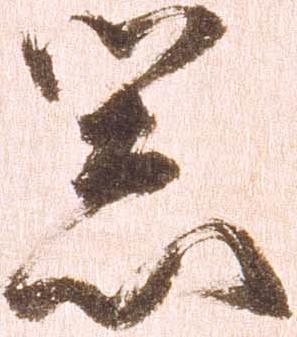
器